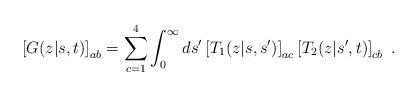
LaTeX: \begin{align*}\left[G(z|s,t)\right]_{ab} = \sum_{c=1}^4\int_0^\infty ds^\prime\left[T_1(z|s,s^\prime)\right]_{ac}\left[T_2(z|s^\prime,t)\right]_{cb}\ .\end{align*}